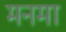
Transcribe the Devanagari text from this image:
मनमा